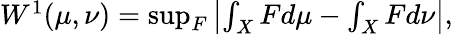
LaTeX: \begin{array}{r}{W^{1}(\mu,\nu)=\operatorname*{sup}_{F}\left|\int_{X}Fd\mu-\int_{X}Fd\nu\right|,}\end{array}